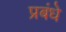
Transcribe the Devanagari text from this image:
प्रबंधे